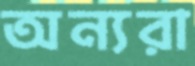
অন্যরা